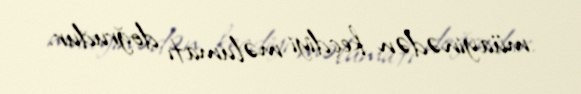
müayinədən keçdiyi məlumatı doğrudur.